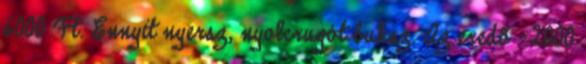
6000 Ft. Ennyit nyersz, nyolcrugót buksz. Az eredõ -2000